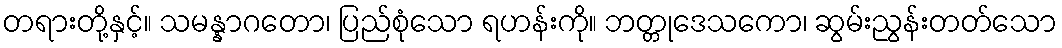
တရားတို့နှင့်။ သမန္နာဂတော၊ ပြည်စုံသော ရဟန်းကို။ ဘတ္တုဒေသကော၊ ဆွမ်းညွန်းတတ်သော